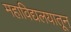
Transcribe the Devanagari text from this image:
महाविद्यलयातून